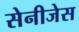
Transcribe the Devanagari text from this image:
सेनीजेस